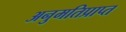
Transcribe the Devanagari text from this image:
अनुमतिप्राप्त